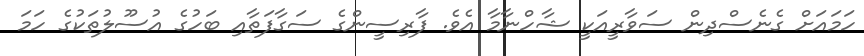
ހަމައަށް ގެނެސްދިން ސަވާރީއަކީ ޝާހްނާމާ އެވެ. ފާރިސީންގެ ސަގާފަތާއި ބަހުގެ އުސޫލުތަކުގެ ހަމަ